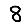
Digit: 8